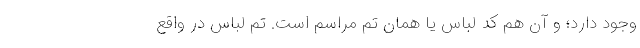
وجود دارد؛ و آن هم کد لباس یا همان تِم مراسم است. تم لباس در واقع